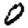
Digit: 0